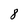
Character: 8